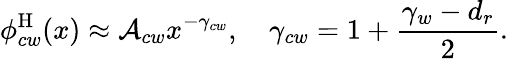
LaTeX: \phi_{cw}^{\mathrm{H}}(x)\approx\mathcal{A}_{cw}x^{-\gamma_{cw}},\quad\gamma_{cw}=1+\frac{\gamma_{w}-{d_{r}}}{2}.